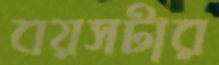
বয়সটার